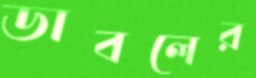
ডাবলের